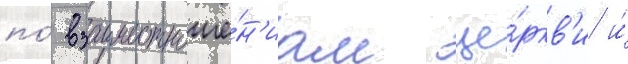
по́ взаимоотноше́н'иам це́ркв'и и́